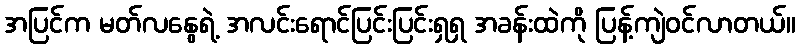
အပြင်က မတ်လနွေရဲ့ အလင်းရောင်ပြင်းပြင်းရှရှ အခန်းထဲကို ပြန့်ကျဲဝင်လာတယ်။